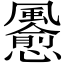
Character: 𲋊